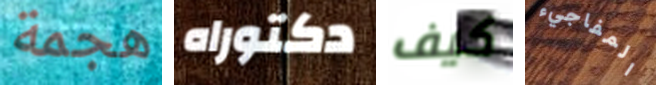
هجمة دكتوراه كيف المفاجيء